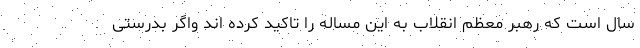
سال است که رهبر معظم انقلاب به این مساله را تاکید کرده اند واگر بدرستی